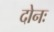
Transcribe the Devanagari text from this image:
दोनः